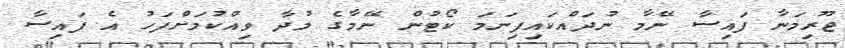
ޖޫރިމަނާ ފައިސާ ނޭމާ ނުދައްކައިފިނަމަ ކޯޓުން ނޭމާގެ މުދާ ވިއްކުމަށްފަހު އެ ފައިސާ